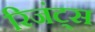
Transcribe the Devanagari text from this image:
रिजंट्स